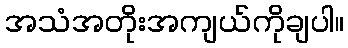
အသံအတိုးအကျယ်ကိုချပါ။